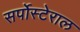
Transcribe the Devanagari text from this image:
सर्पोस्टेराल